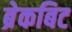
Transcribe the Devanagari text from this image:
ब्रेकबिट